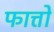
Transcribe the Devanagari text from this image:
फात्तों